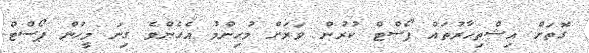
ގޮތަށް އިޝްތިހާރުތައް ޕޯސްޓް ކުރުން ވަރަށް މުހިންމު އެހެންވެ ގިނަ މީހުން ޕޯސްޓް